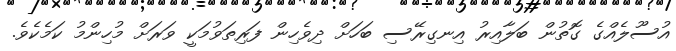
އުސޫލެއްގެ ގޮތުން ބަލާއިރު އިނގިރޭސި ބަހަށް ދިވެހިން ފަރިތަވުމަކީ ވަރަށް މުހިންމު ކަމެކެވެ.